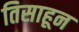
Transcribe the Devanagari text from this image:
तिसाहून